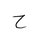
Letter: _ha